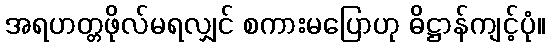
အရဟတ္တဖိုလ်မရလျှင် စကားမပြောဟု ဓိဋ္ဌာန်ကျင့်ပုံ။